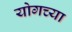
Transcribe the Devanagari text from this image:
योगच्या